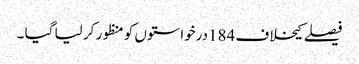
فیصلے کیخلاف 184درخواستوں کو منظور کر لیا گیا ۔